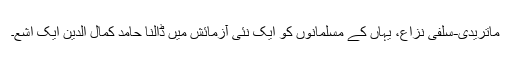
ماتریدی-سلفی نزاع، یہاں کے مسلمانوں کو ایک نئی آزمائش میں ڈالنا حامد کمال الدین ایک اشع۔